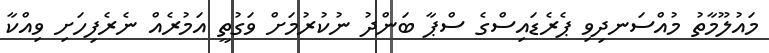
މައުލޫމާތު މުއްސަނދިވި ޕެރެޑައިސްގެ ސްޕާ ބަންދު ނުކުރުމަށް ވަގުތީ އަމުރެއް ނެރެފިހަށި ވިއްކާ